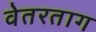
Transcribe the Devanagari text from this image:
वेतरताग